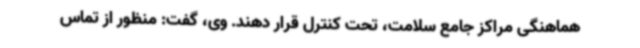
هماهنگی مراکز جامع سلامت، تحت کنترل قرار دهند. وی، گفت: منظور از تماس